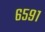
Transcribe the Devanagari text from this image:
६५९१